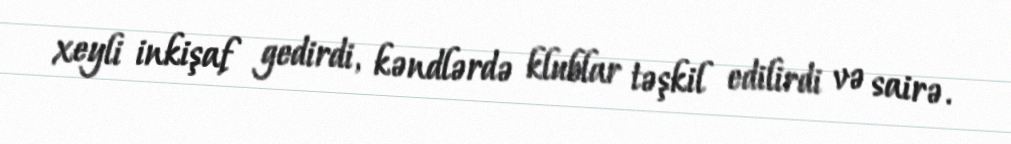
xeyli inkişaf gedirdi, kəndlərdə klublar təşkil edilirdi və sairə.